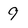
Character: 9